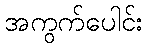
အကွက်ပေါင်း